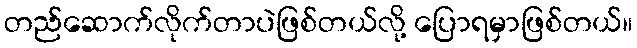
တည်ဆောက်လိုက်တာပဲဖြစ်တယ်လို့ ပြောရမှာဖြစ်တယ်။